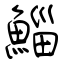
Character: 鯔